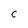
Character: C